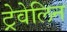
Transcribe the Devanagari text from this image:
ट्रेवेलिन